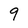
Character: 9